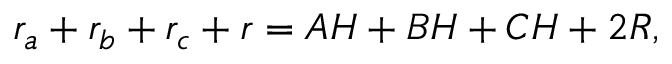
r _ { a } + r _ { b } + r _ { c } + r = A H + B H + C H + 2 R ,